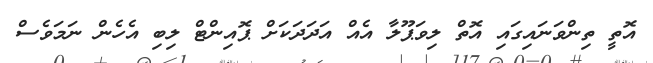
އޮތީ ތިންވަނައިގައި އޮތް ލިވަޕޫލާ އެއް އަދަދަކަށް ޕޮއިންޓް ލިބި އެހެން ނަމަވެސް